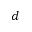
d